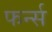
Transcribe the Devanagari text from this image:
फर्न्स